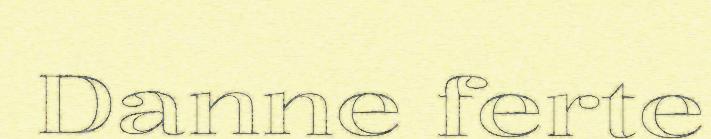
Danne ferte